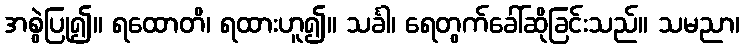
အစွဲပြု၍။ ရထောတိ၊ ရထားဟူ၍။ သင်္ခါ၊ ရေတွက်ခေါ်ဆိုခြင်းသည်။ သမညာ၊